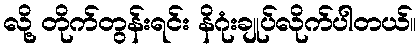
လို့ တိုက်တွန်းရင်း နိဂုံးချုပ်လိုက်ပါတယ်။